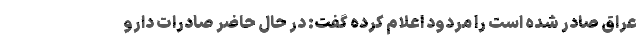
عراق صادر شده است را مردود اعلام کرده گفت: در حال حاضر صادرات دارو